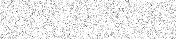
٢١٥